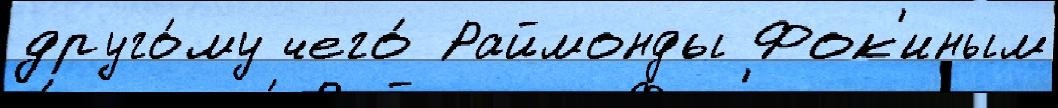
друго́му чего́ Раймонды Фок'иным